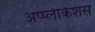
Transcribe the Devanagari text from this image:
अप्प्लीकेशंस